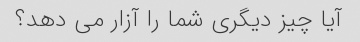
آیا چیز دیگری شما را آزار می دهد؟